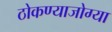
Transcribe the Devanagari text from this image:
ठोकण्याजोग्या